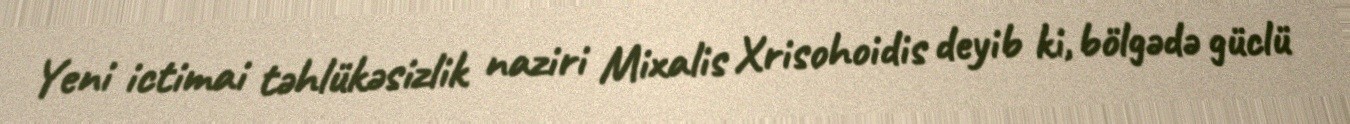
Yeni ictimai təhlükəsizlik naziri Mixalis Xrisohoidis deyib ki, bölgədə güclü